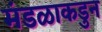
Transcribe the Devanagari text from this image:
मंडळाकडुन